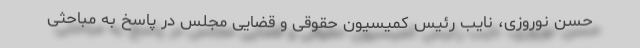
حسن نوروزی، نایب رئیس کمیسیون حقوقی و قضایی مجلس در پاسخ به مباحثی